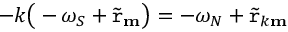
- k \big ( - \omega _ { S } + \widetilde { \mathtt { r } } _ { \mathbf { m } } \big ) = - \omega _ { N } + \widetilde { \mathtt { r } } _ { k \mathbf { m } }